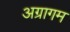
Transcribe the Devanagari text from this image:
अग्रागम